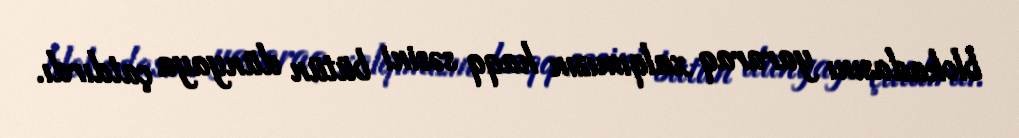
blokadasını yararaq xalqımızın haqq səsini bütün dünyaya çatdırdı.